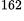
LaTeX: ^\textrm{\scriptsize 162}